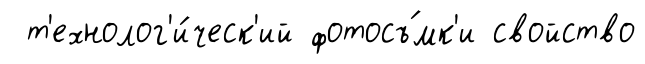
т'ехнолог'и́ческ'ий фотосъ́мк'и свойство